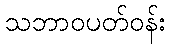
သဘာဝပတ်ဝန်း